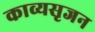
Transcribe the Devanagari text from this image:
काव्यसृजन